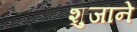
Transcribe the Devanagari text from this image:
शुजाने